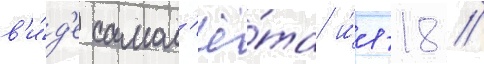
в'и́д'е самол'ё́та и́л-18 //